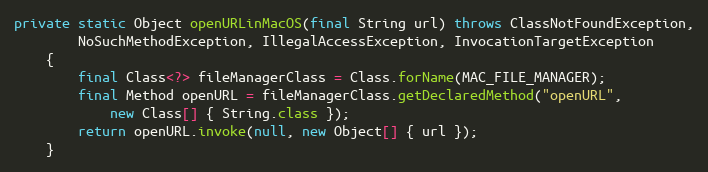
Language: Java
private static Object openURLinMacOS(final String url) throws ClassNotFoundException,
		NoSuchMethodException, IllegalAccessException, InvocationTargetException
	{
		final Class<?> fileManagerClass = Class.forName(MAC_FILE_MANAGER);
		final Method openURL = fileManagerClass.getDeclaredMethod("openURL",
			new Class[] { String.class });
		return openURL.invoke(null, new Object[] { url });
	}